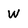
Character: w